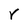
Character: r